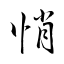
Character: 帩